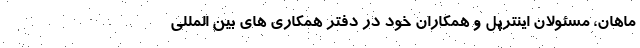
ماهان، مسئولان اینترپل و همکاران خود در دفتر همکاری های بین المللی